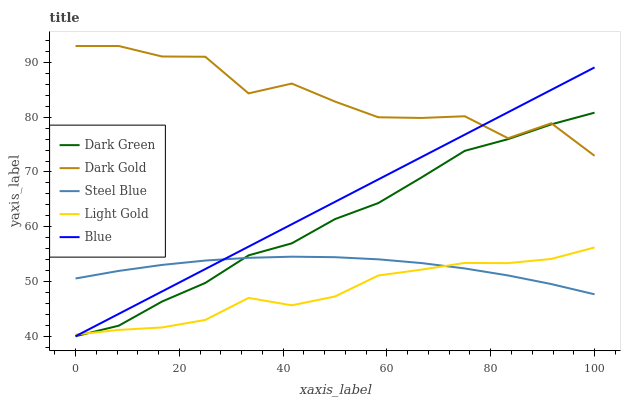
| xaxis_label | Dark Green | Dark Gold | Steel Blue | Light Gold | Blue |
 | --- | --- | --- | --- | --- | --- |
 | 0 | 40 | 93 | 50.5 | 40.3 | 40 |
 | 8.33 | 41.9 | 93 | 51.9 | 41.2 | 44.1 |
 | 16.7 | 46.3 | 91.1 | 53 | 41.6 | 48.2 |
 | 25 | 49.7 | 91 | 53.8 | 43 | 52.3 |
 | 33.3 | 54.8 | 84.4 | 54.3 | 47 | 56.4 |
 | 41.7 | 57 | 86.1 | 54.5 | 45.7 | 60.5 |
 | 50 | 61.4 | 82.9 | 54.4 | 47.3 | 64.5 |
 | 58.3 | 64.3 | 80 | 54 | 51.1 | 68.6 |
 | 66.7 | 69 | 79.9 | 53.4 | 52.2 | 72.7 |
 | 75 | 73.9 | 80.2 | 52.4 | 53.4 | 76.8 |
 | 83.3 | 76 | 76.2 | 51.1 | 53.4 | 80.9 |
 | 91.7 | 78.7 | 78.9 | 49.5 | 54.1 | 85 |
 | 100 | 80.8 | 73 | 47.7 | 56.2 | 89.1 |